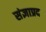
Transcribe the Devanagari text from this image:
संज्ञाप्रद